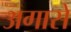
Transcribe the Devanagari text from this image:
अगासे